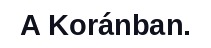
A Koránban.